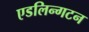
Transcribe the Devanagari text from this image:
एडलिन्गटन